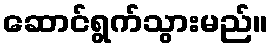
ဆောင်ရွက်သွားမည်။